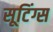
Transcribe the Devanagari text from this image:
सूटिंग्स